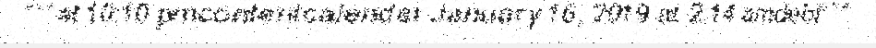
"""at 10:10 pmcontentcalendar January 16, 2019 at 2:14 amdebt"""